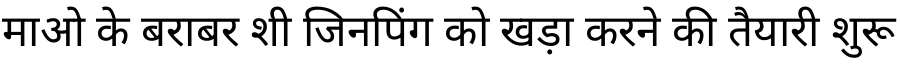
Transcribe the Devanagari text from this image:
माओ के बराबर शी जिनपिंग को खड़ा करने की तैयारी शुरू